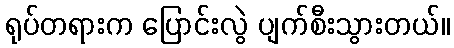
ရုပ်တရားက ပြောင်းလွဲ ပျက်စီးသွားတယ်။